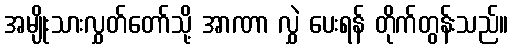
အမျိုးသားလွှတ်တော်သို့ အာဏာ လွှဲ ပေးရန် တိုက်တွန်းသည်။